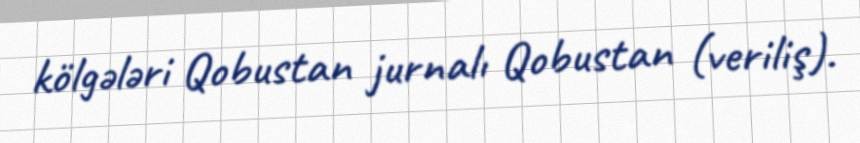
kölgələri Qobustan jurnalı Qobustan (veriliş).